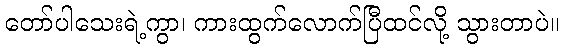
တော်ပါသေးရဲ့ကွာ၊ ကားထွက်လောက်ပြီထင်လို့ သွားတာပဲ။